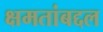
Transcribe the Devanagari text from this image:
क्षमतांबद्दल